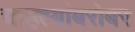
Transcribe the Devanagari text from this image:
चाहत्यांबरोबर